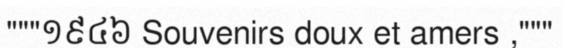
"""១៩៤៦ Souvenirs doux et amers ,"""